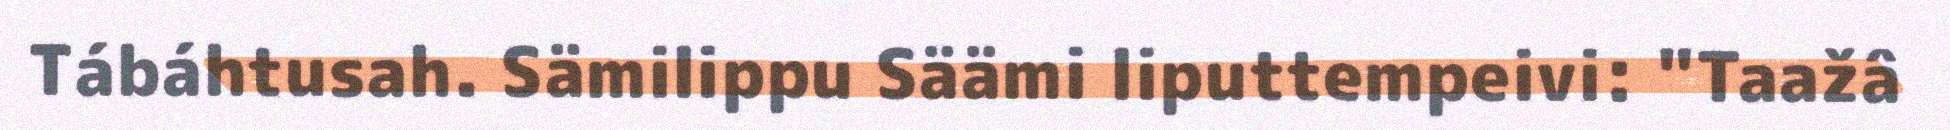
Tábáhtusah. Sämilippu Säämi liputtempeivi: "Taažâ